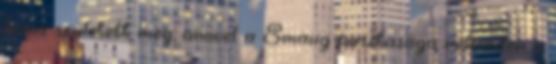
téma született meg, amivel a Smaug pusztasága rekorder a